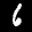
Label: 6